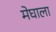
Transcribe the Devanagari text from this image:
मेघाला